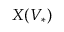
X ( V _ { * } )